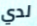
لدي